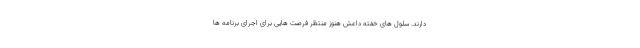
دارند. سلول های خفته داعش هنوز منتظر فرصت هایی برای اجرای برنامه ها